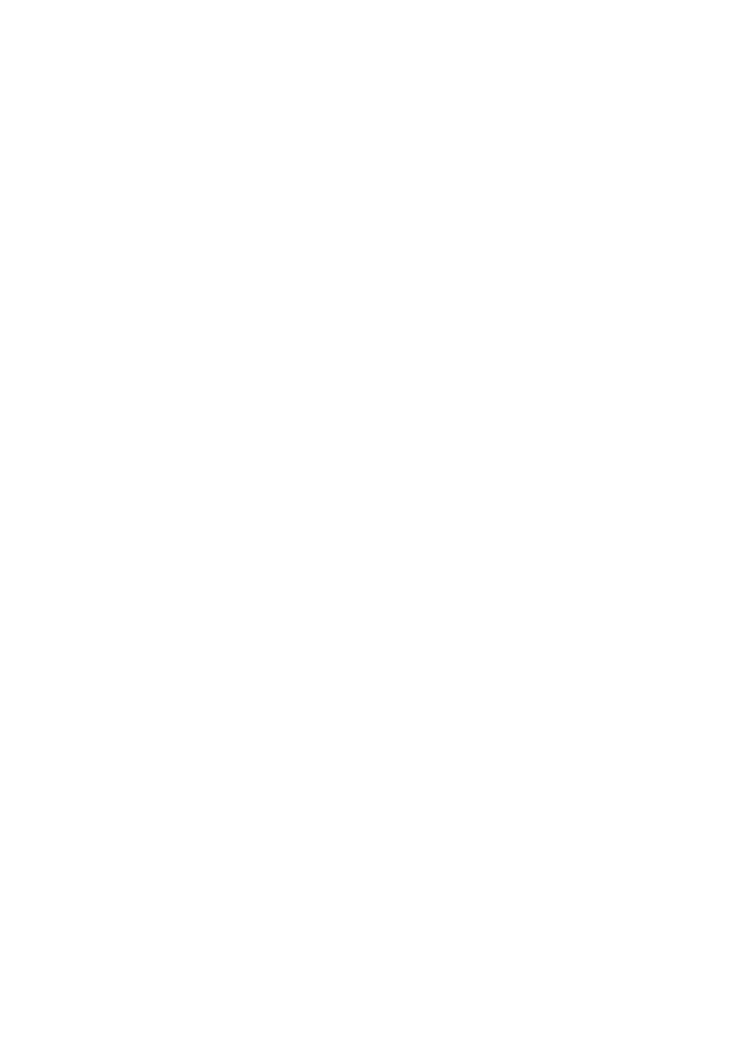
25320_Ch08.indd 144                     24/06/2021 9:36 AM